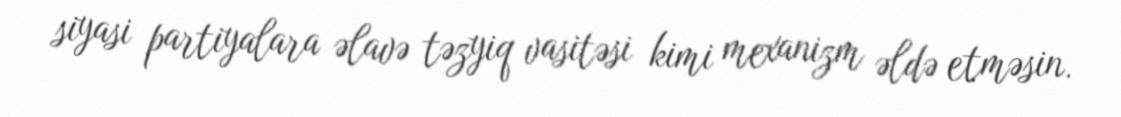
siyasi partiyalara əlavə təzyiq vasitəsi kimi mexanizm əldə etməsin.